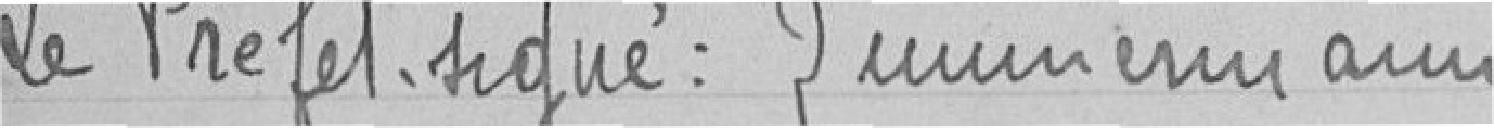
Le Préfet. signé : Zimmermann